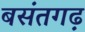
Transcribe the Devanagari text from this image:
बसंतगढ़